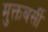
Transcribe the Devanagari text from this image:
मुक्तबर्सी